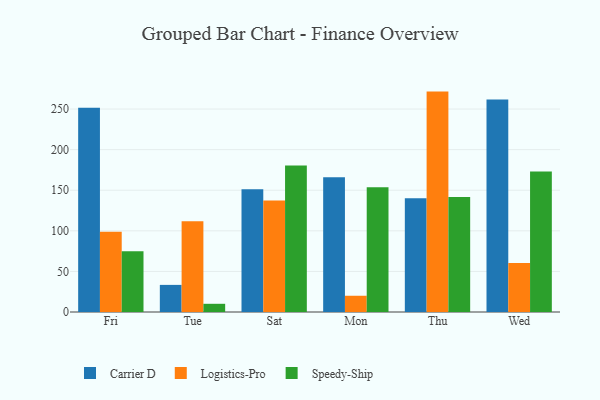
{"axis": {"x": "Day", "y": "Temperature (°C)"}, "legend": ["Carrier D", "Logistics-Pro", "Speedy-Ship"], "data": [{"x": "Fri", "y": 251.5, "type": "Carrier D"}, {"x": "Fri", "y": 99.0, "type": "Logistics-Pro"}, {"x": "Fri", "y": 74.7, "type": "Speedy-Ship"}, {"x": "Tue", "y": 33.4, "type": "Carrier D"}, {"x": "Tue", "y": 111.7, "type": "Logistics-Pro"}, {"x": "Tue", "y": 10.1, "type": "Speedy-Ship"}, {"x": "Sat", "y": 151.2, "type": "Carrier D"}, {"x": "Sat", "y": 137.4, "type": "Logistics-Pro"}, {"x": "Sat", "y": 180.6, "type": "Speedy-Ship"}, {"x": "Mon", "y": 166.1, "type": "Carrier D"}, {"x": "Mon", "y": 20.0, "type": "Logistics-Pro"}, {"x": "Mon", "y": 153.8, "type": "Speedy-Ship"}, {"x": "Thu", "y": 140.2, "type": "Carrier D"}, {"x": "Thu", "y": 271.5, "type": "Logistics-Pro"}, {"x": "Thu", "y": 141.6, "type": "Speedy-Ship"}, {"x": "Wed", "y": 261.8, "type": "Carrier D"}, {"x": "Wed", "y": 60.5, "type": "Logistics-Pro"}, {"x": "Wed", "y": 173.0, "type": "Speedy-Ship"}]}